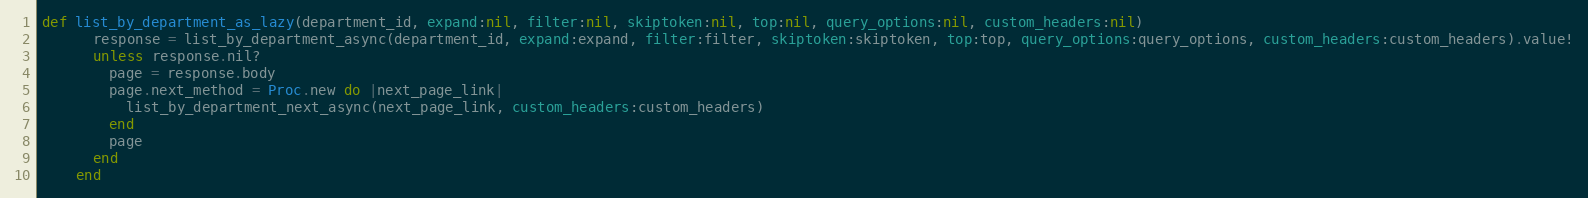
Language: Ruby
def list_by_department_as_lazy(department_id, expand:nil, filter:nil, skiptoken:nil, top:nil, query_options:nil, custom_headers:nil)
      response = list_by_department_async(department_id, expand:expand, filter:filter, skiptoken:skiptoken, top:top, query_options:query_options, custom_headers:custom_headers).value!
      unless response.nil?
        page = response.body
        page.next_method = Proc.new do |next_page_link|
          list_by_department_next_async(next_page_link, custom_headers:custom_headers)
        end
        page
      end
    end